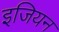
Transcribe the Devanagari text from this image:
इजियन